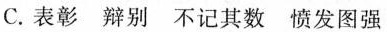
C. 表彰 辩别 不记其数 愤发图强